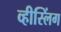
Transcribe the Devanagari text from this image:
व्हीस्लिंग